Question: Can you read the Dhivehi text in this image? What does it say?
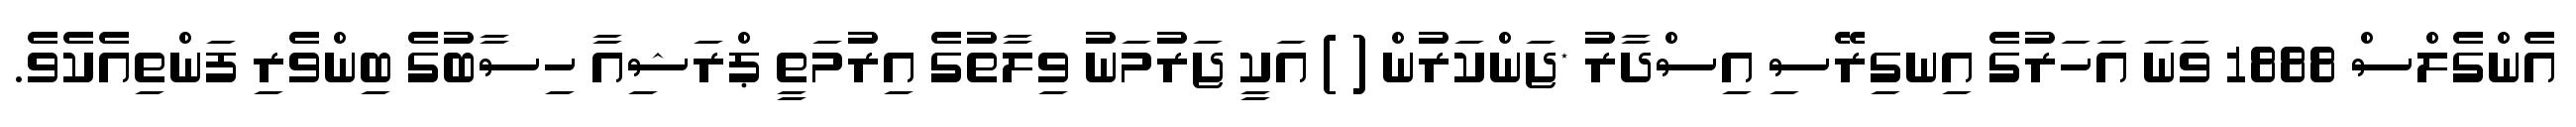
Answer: އެންގެލްސް 1888 ވަނަ އަހަރުގެ އިނގިރޭސި އިސްދާރު *ޖަންކަރުން ( ) އަކީ ޖަރުމަނު ވިލާތުގެ އިރުމަތީ ޕްރަޝިއާ ހިސާބުގެ ބިންވެރި ފަންތިއެކެވެ.